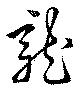
龍